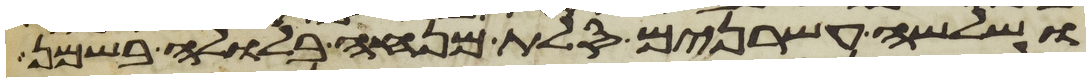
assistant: ושלשה עשרנים סלת מנחה בלולה בשמן